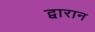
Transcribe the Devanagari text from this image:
द्वारान